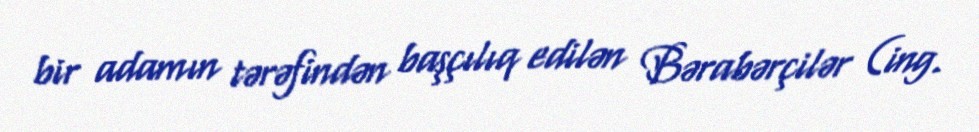
bir adamın tərəfindən başçılıq edilən Bərabərçilər (ing.